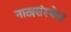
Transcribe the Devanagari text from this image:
नाट्यसंस्थेस